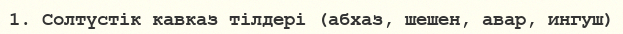
1. Солтүстік кавказ тілдері (абхаз, шешен, авар, ингуш)